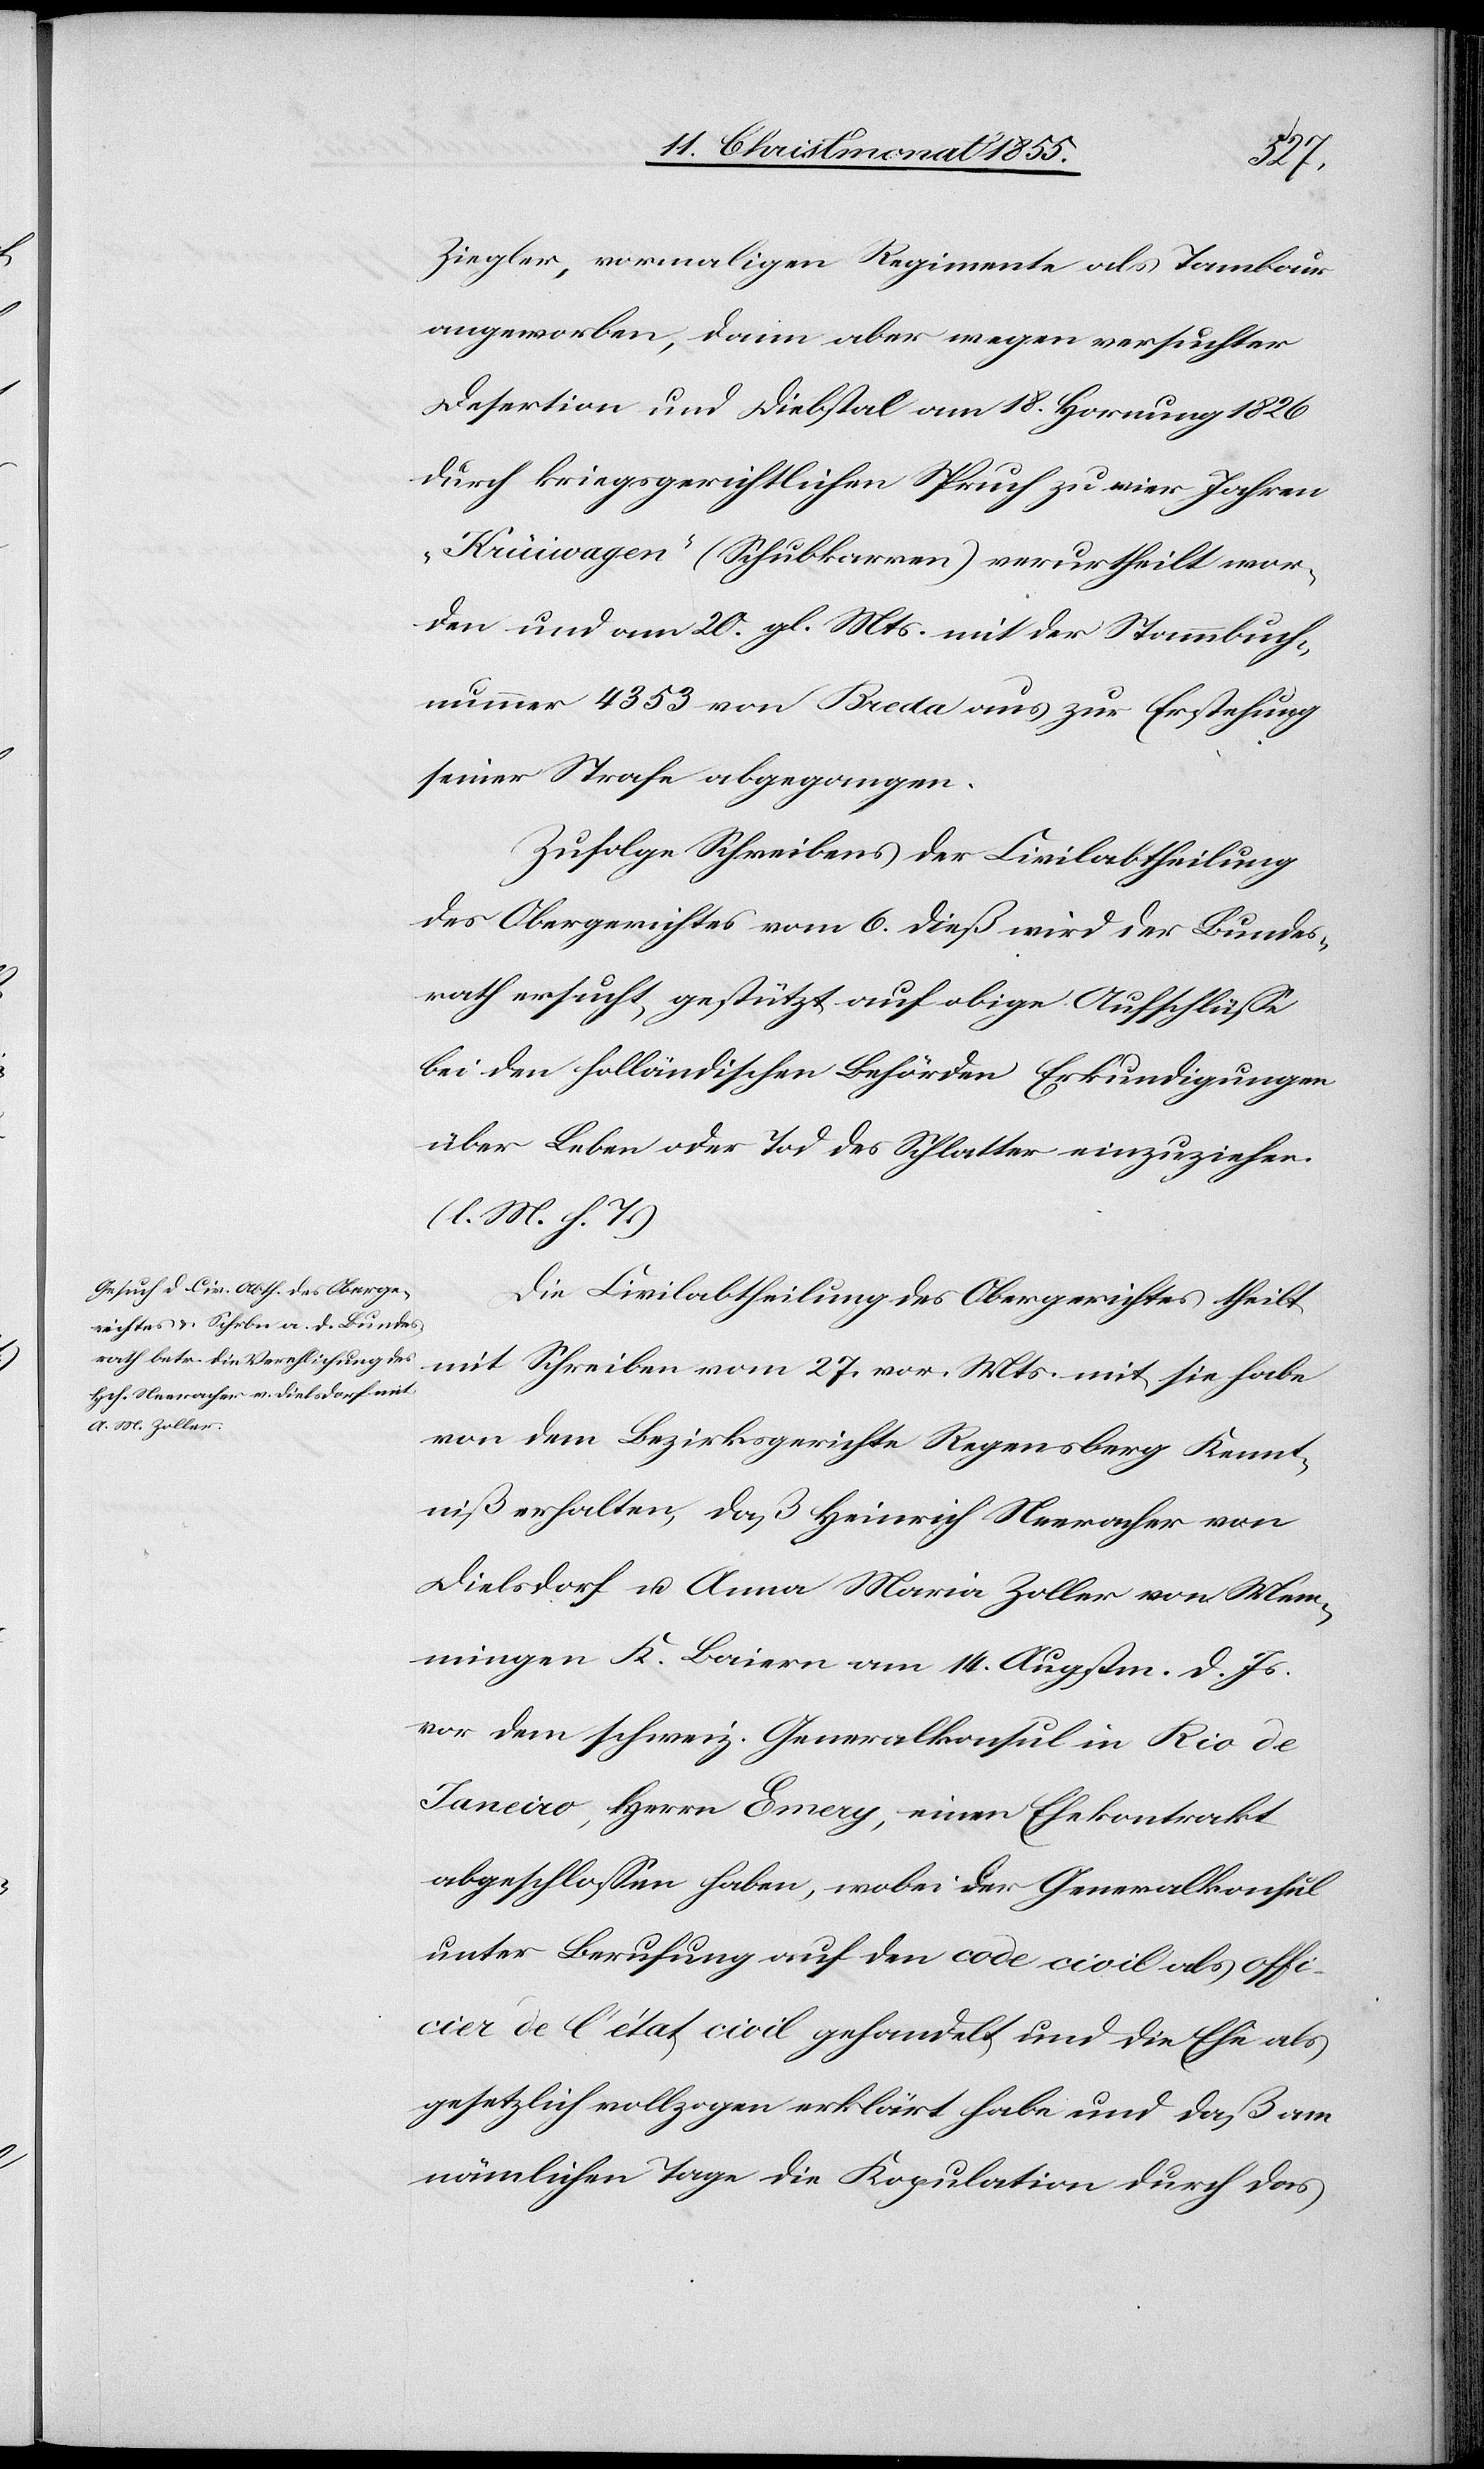
Ziegler, vormaligen Regimente als Tambour
angeworben, dann aber wegen versuchter
Desertion und Diebstal am 18. Hornung 1826
durch kriegsgerichtlichen Spruch zu vier Jahren
„Krüiwagen“ (Schubkarren) verurtheilt wor¬
den und am 20. gl. Mts. mit der Stammbuch¬
nummer 4353 von Breda aus zur Erstehung
seiner Strafe abgegangen.
Zufolge Schreibens der Civilabtheilung
des Obergerichtes vom 6. dieß wird der Bundes¬
rath ersucht, gestützt auf obige Aufschlüsse
bei den holländischen Behörden Erkundigungen
über Leben oder Tod des Schlatter einzuziehen.
(l. M. h. T.)
Die Civilabtheilung des Obergerichtes theilt
mit Schreiben vom 27. vor. Mts. mit, sie habe
von dem Bezirksgerichte Regensberg Kennt¬
niß erhalten, daß Heinrich Neeracher von
Dielsdorf u. Anna Maria Zoller von Mem¬
mingen K. Baiern am 14. Augstm. d. Js.
vor dem schweiz. Generalkonsul in Rio de
Janeiro, Herrn Emery, einen Ehekontrakt
abgeschlossen haben, wobei der Generalkonsul
unter Berufung auf den code civil als offi¬
cier de l’état civil gehandelt und die Ehe als
gesetzlich vollzogen erklärt habe und daß am
nämlichen Tage die Kopulation durch das